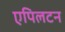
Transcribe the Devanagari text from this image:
एपिलटन